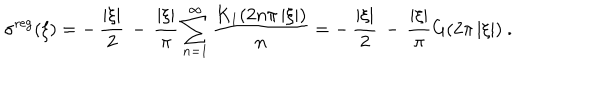
\sigma ^ { \mathrm { r e g } } ( \xi ) = - \, { \frac { | \xi | } { 2 } } \, - \, { \frac { | \xi | } { \pi } } \sum _ { n = 1 } ^ { \infty } { \frac { K _ { 1 } ( 2 n \pi \, | \xi | ) } { n } } = - \, { \frac { | \xi | } { 2 } } \, - \, { \frac { | \xi | } { \pi } } G ( 2 \pi \, | \xi | ) \ .